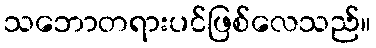
သဘောတရားပင်ဖြစ်လေသည်။